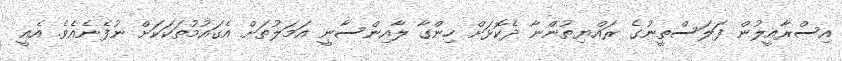
އިސްރާއީލުން ފަލަސްތީނުގެ ރައްޔިތުންނާ ދެކޮޅަށް ހިންގާ ލާއިންސާނީ އަމަލުތަށް އެގައުމުތަކަކަށް ނުފެނެއެވެ. އެއީ